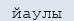
йаулы